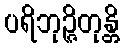
ပရိဘုဉ္ဇိတုန္တိ